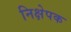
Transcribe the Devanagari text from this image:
निक्षेपक